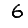
Digit: 6